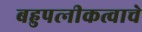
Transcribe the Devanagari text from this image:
बहुपत्‍नीकत्वाचे